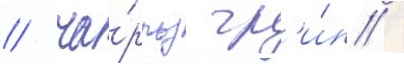
/ ча́рльз гр'и́н /